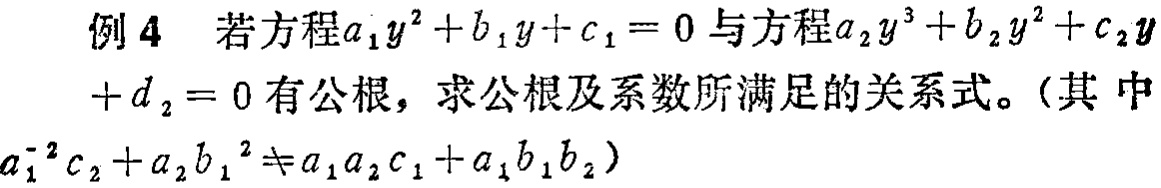
例 4 若方程\(a_{1}y^{2}+b_{1}y + c_{1}=0\)与方程\(a_{2}y^{3}+b_{2}y^{2}+c_{2}y + d_{2}=0\)有公根，求公根及系数所满足的关系式。（其中\(a_{1}^{-2}c_{2}+a_{2}b_{1}^{2}\neq a_{1}a_{2}c_{1}+a_{1}b_{1}b_{2}\)）